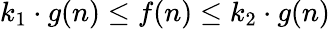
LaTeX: k_{1}\cdot g(n)\leq f(n)\leq k_{2}\cdot g(n)